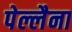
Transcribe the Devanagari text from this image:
पेल्लैना